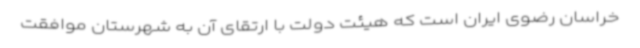
خراسان رضوی ایران است که هیئت دولت با ارتقای آن به شهرستان موافقت